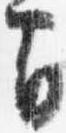
間